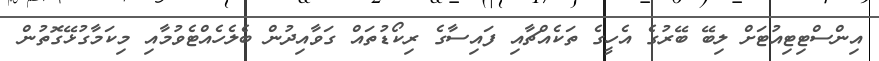
އިންސްޓިޓިއުޓަށް ލިބޭ ބޭރުގެ އެހީގެ ތަކެއްޗާއި ފައިސާގެ ރިކޯޑުތައް ގަވާއިދުން ބެލެހެއްޓެވުމާއި މިކަމާގުޅޭގޮތުން